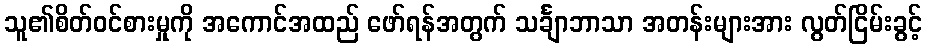
သူ၏စိတ်ဝင်စားမှုကို အကောင်အထည် ဖော်ရန်အတွက် သင်္ချာဘာသာ အတန်းများအား လွတ်ငြိမ်းခွင့်